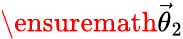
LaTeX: \ensuremath{\vec{\theta}}_{2}